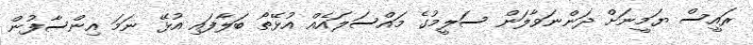
ރައީސް ޔަމީނަށް ދަންނަވާލަން ސަލީމުގެ މައްސަލައެއް އުޅޭތޯ ބަލާފައި އުޅޭ ނަމަ އިންސާފުން